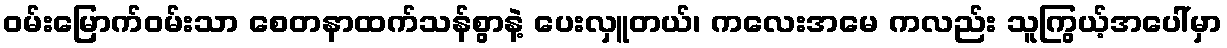
ဝမ်းမြောက်ဝမ်းသာ စေတနာထက်သန်စွာနဲ့ ပေးလှူတယ်၊ ကလေးအမေ ကလည်း သူကြွယ့်အပေါ်မှာ